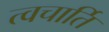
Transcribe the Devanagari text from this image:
त्वचार्ति